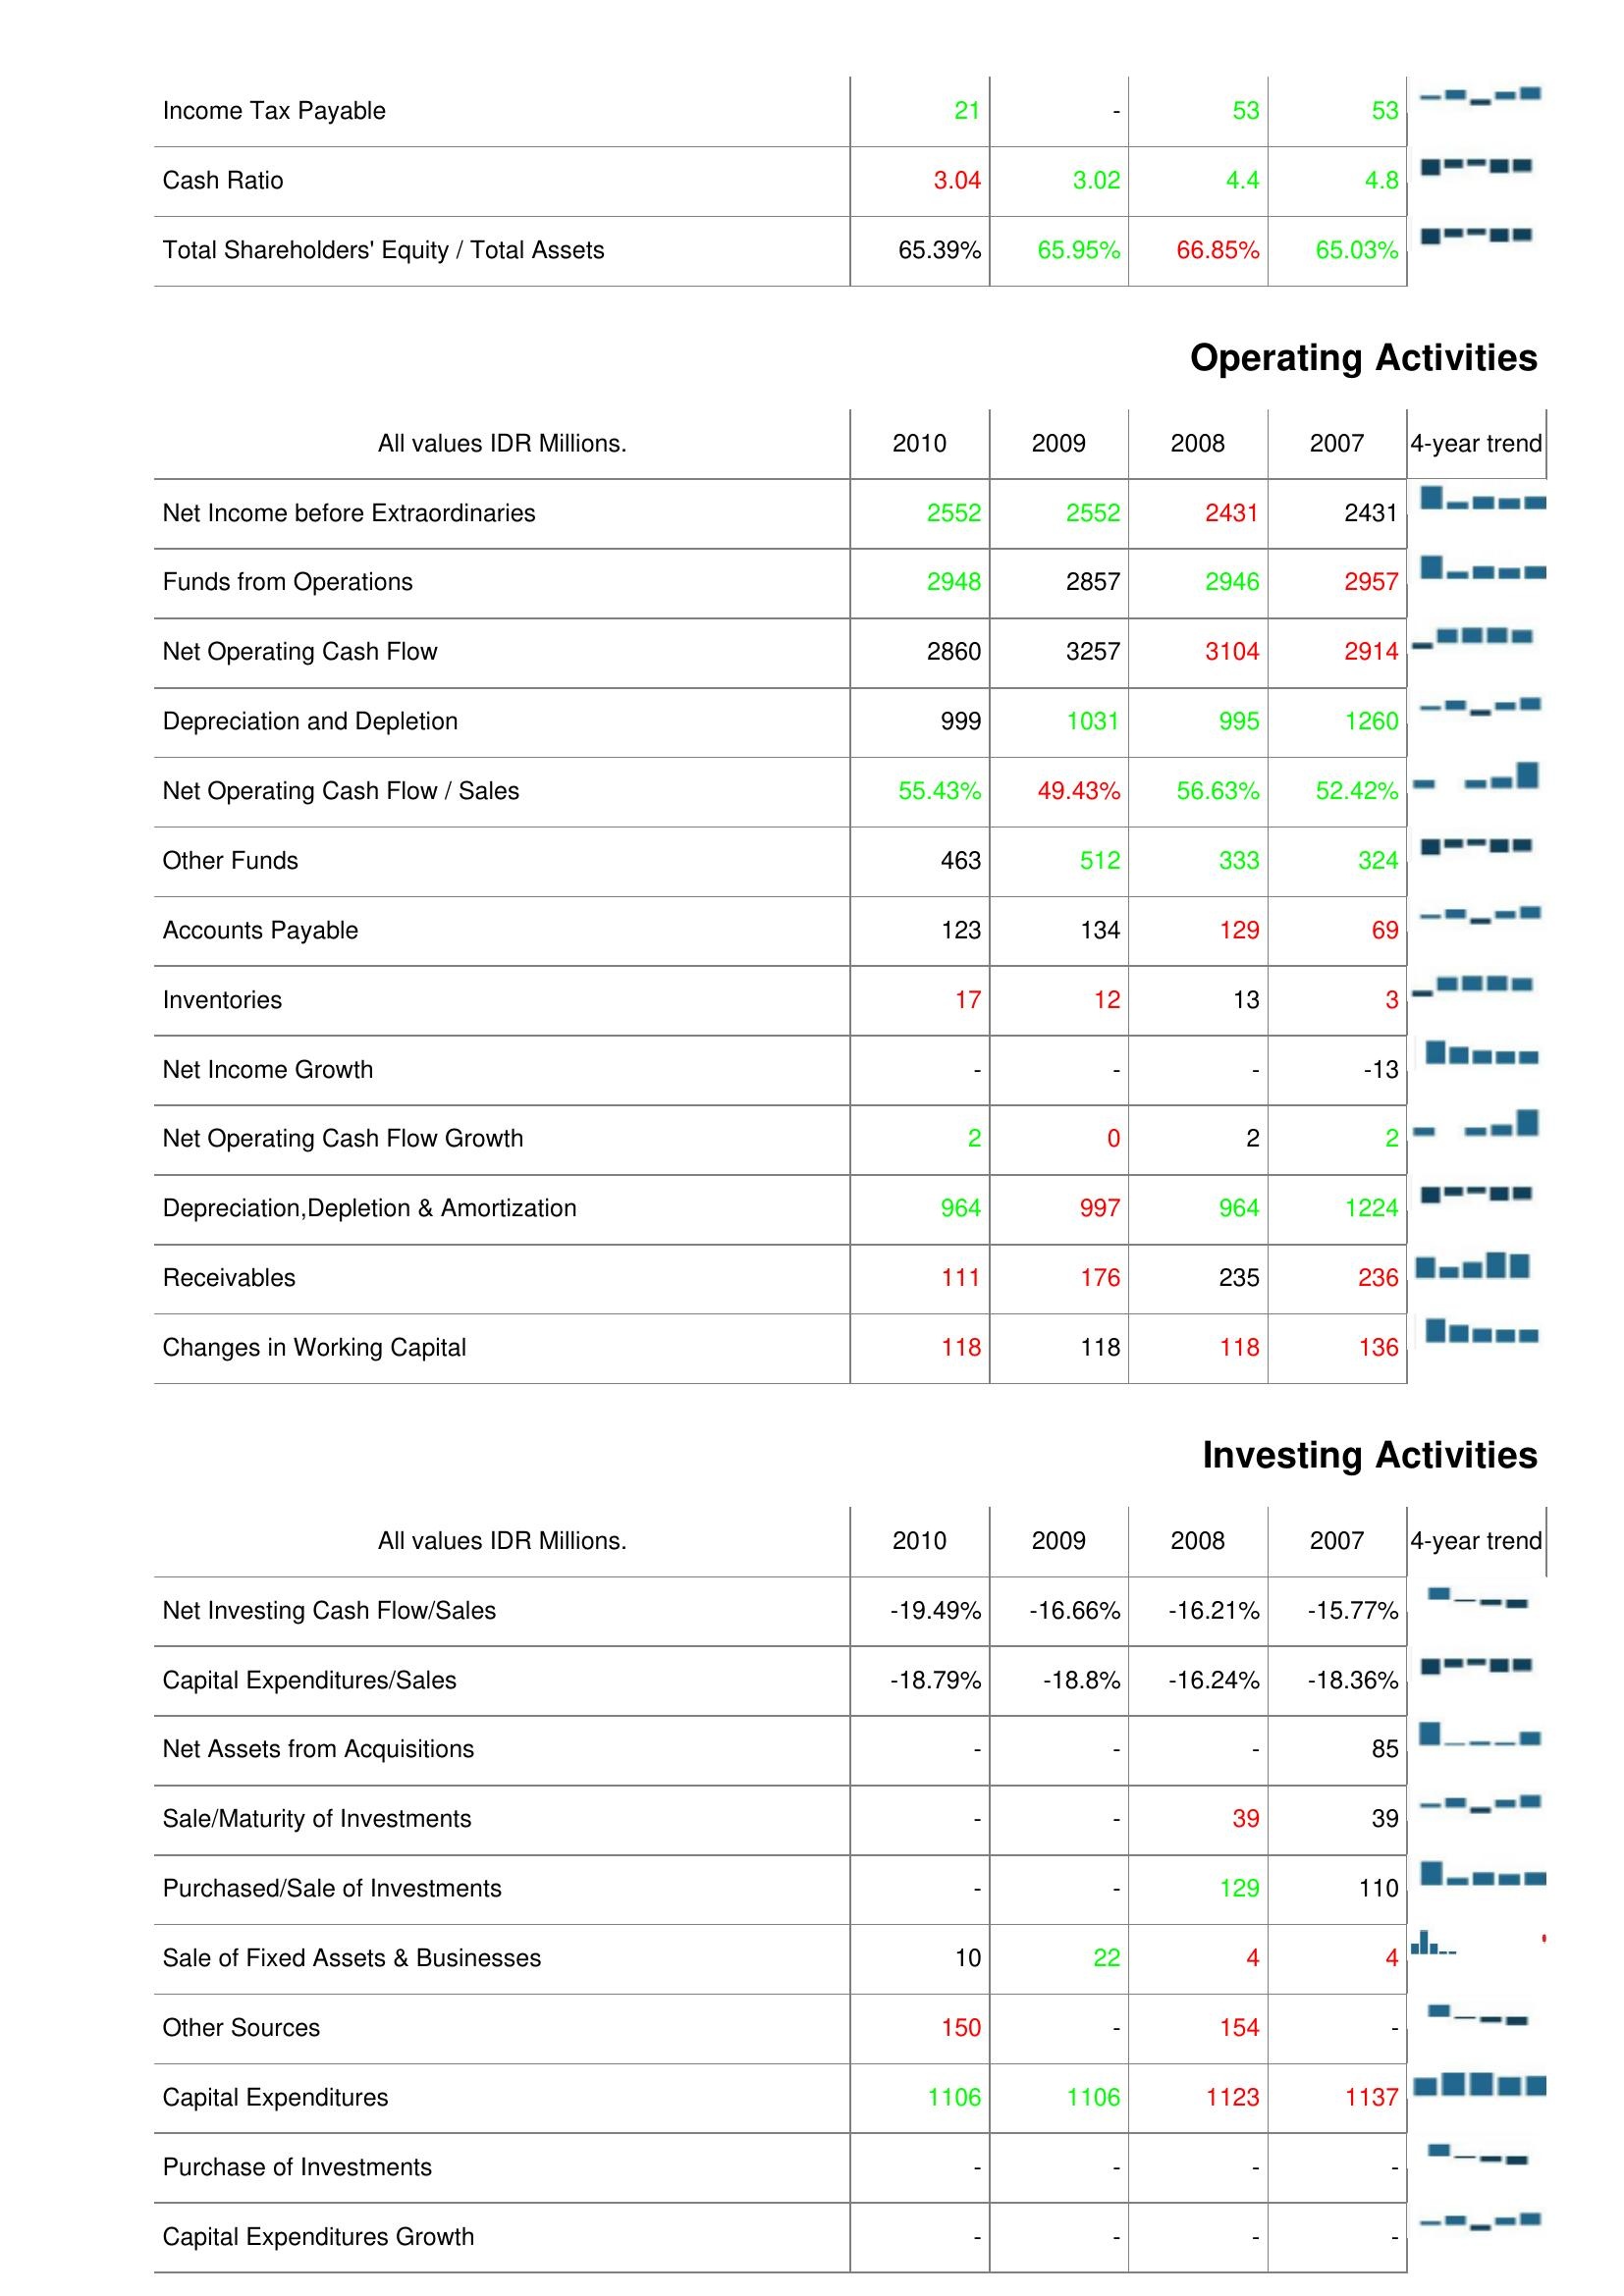
2010: Liabilities & Shareholder's Equity: Income Tax Payable: 21
Cash Ratio: 3.04
Total Shareholders' Equity / Total Assets: 65.39%
Operating Activities: Net Income before Extraordinaries: 2552
Funds from Operations: 2948
Net Operating Cash Flow: 2860
Depreciation and Depletion: 999
Net Operating Cash Flow / Sales: 55.43%
Other Funds: 463
Accounts Payable: 123
Inventories: 17
Net Income Growth: -
Net Operating Cash Flow Growth: 2
Depreciation,Depletion & Amortization: 964
Receivables: 111
Changes in Working Capital: 118
Investing Activities: Net Investing Cash Flow/Sales: -19.49%
Capital Expenditures/Sales: -18.79%
Net Assets from Acquisitions: -
Sale/Maturity of Investments: -
Purchased/Sale of Investments: -
Sale of Fixed Assets & Businesses: 10
Other Sources: 150
Capital Expenditures: 1106
Purchase of Investments: -
Capital Expenditures Growth: -
2009: Liabilities & Shareholder's Equity: Income Tax Payable: -
Cash Ratio: 3.02
Total Shareholders' Equity / Total Assets: 65.95%
Operating Activities: Net Income before Extraordinaries: 2552
Funds from Operations: 2857
Net Operating Cash Flow: 3257
Depreciation and Depletion: 1031
Net Operating Cash Flow / Sales: 49.43%
Other Funds: 512
Accounts Payable: 134
Inventories: 12
Net Income Growth: -
Net Operating Cash Flow Growth: 0
Depreciation,Depletion & Amortization: 997
Receivables: 176
Changes in Working Capital: 118
Investing Activities: Net Investing Cash Flow/Sales: -16.66%
Capital Expenditures/Sales: -18.8%
Net Assets from Acquisitions: -
Sale/Maturity of Investments: -
Purchased/Sale of Investments: -
Sale of Fixed Assets & Businesses: 22
Other Sources: -
Capital Expenditures: 1106
Purchase of Investments: -
Capital Expenditures Growth: -
2008: Liabilities & Shareholder's Equity: Income Tax Payable: 53
Cash Ratio: 4.4
Total Shareholders' Equity / Total Assets: 66.85%
Operating Activities: Net Income before Extraordinaries: 2431
Funds from Operations: 2946
Net Operating Cash Flow: 3104
Depreciation and Depletion: 995
Net Operating Cash Flow / Sales: 56.63%
Other Funds: 333
Accounts Payable: 129
Inventories: 13
Net Income Growth: -
Net Operating Cash Flow Growth: 2
Depreciation,Depletion & Amortization: 964
Receivables: 235
Changes in Working Capital: 118
Investing Activities: Net Investing Cash Flow/Sales: -16.21%
Capital Expenditures/Sales: -16.24%
Net Assets from Acquisitions: -
Sale/Maturity of Investments: 39
Purchased/Sale of Investments: 129
Sale of Fixed Assets & Businesses: 4
Other Sources: 154
Capital Expenditures: 1123
Purchase of Investments: -
Capital Expenditures Growth: -
2007: Liabilities & Shareholder's Equity: Income Tax Payable: 53
Cash Ratio: 4.8
Total Shareholders' Equity / Total Assets: 65.03%
Operating Activities: Net Income before Extraordinaries: 2431
Funds from Operations: 2957
Net Operating Cash Flow: 2914
Depreciation and Depletion: 1260
Net Operating Cash Flow / Sales: 52.42%
Other Funds: 324
Accounts Payable: 69
Inventories: 3
Net Income Growth: -13
Net Operating Cash Flow Growth: 2
Depreciation,Depletion & Amortization: 1224
Receivables: 236
Changes in Working Capital: 136
Investing Activities: Net Investing Cash Flow/Sales: -15.77%
Capital Expenditures/Sales: -18.36%
Net Assets from Acquisitions: 85
Sale/Maturity of Investments: 39
Purchased/Sale of Investments: 110
Sale of Fixed Assets & Businesses: 4
Other Sources: -
Capital Expenditures: 1137
Purchase of Investments: -
Capital Expenditures Growth: -